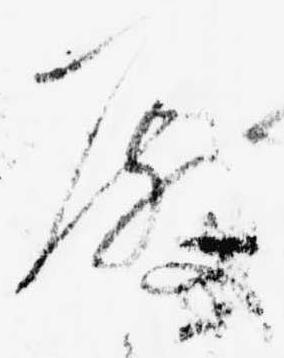
殿